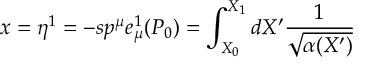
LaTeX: x = \eta ^ { 1 } = - s p ^ { \mu } e _ { \mu } ^ { 1 } ( P _ { 0 } ) = \int _ { X _ { 0 } } ^ { X _ { 1 } } d X ^ { \prime } \frac { 1 } { \sqrt { \alpha ( X ^ { \prime } ) } }